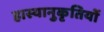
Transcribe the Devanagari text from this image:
हास्यानुकृतियों